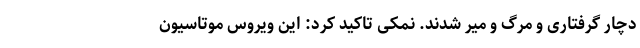
دچار گرفتاری و مرگ و میر شدند. نمکی تاکید کرد: این ویروس موتاسیون